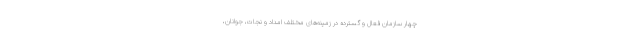
چهار سازمان فعال و گسترده در زمینه‌های مختلف امداد و نجات، جوانان،